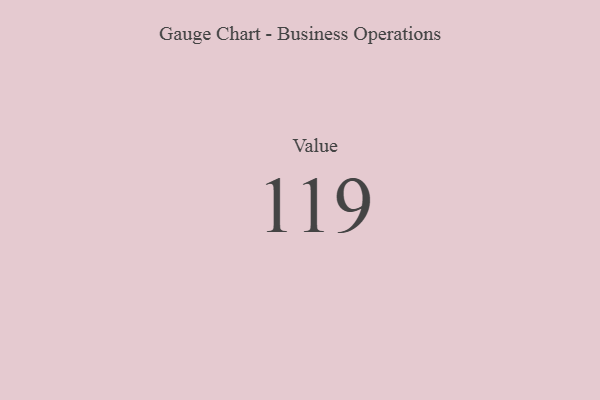
{"axis": {"x": "Metric", "y": "Value"}, "legend": [""], "data": [{"x": "Value", "y": 119, "type": ""}]}